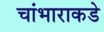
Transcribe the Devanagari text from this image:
चांभाराकडे